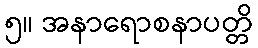
၅။ အနာရောစနာပတ္တိ